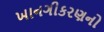
ખાનગીકરણનો